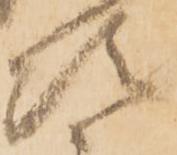
次